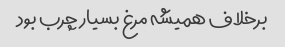
برخلاف همیشه مرغ بسیار چرب بود